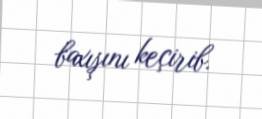
baxışını keçirib.